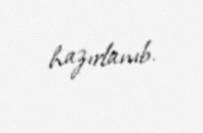
hazırlanıb.